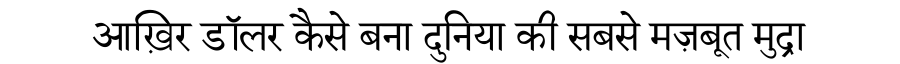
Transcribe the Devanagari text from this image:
आख़िर डॉलर कैसे बना दुनिया की सबसे मज़बूत मुद्रा